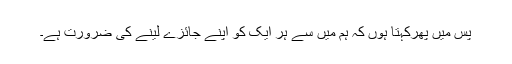
پس مَیں پھرکہتا ہوں کہ ہم میں سے ہر ایک کو اپنے جائزے لینے کی ضرورت ہے۔